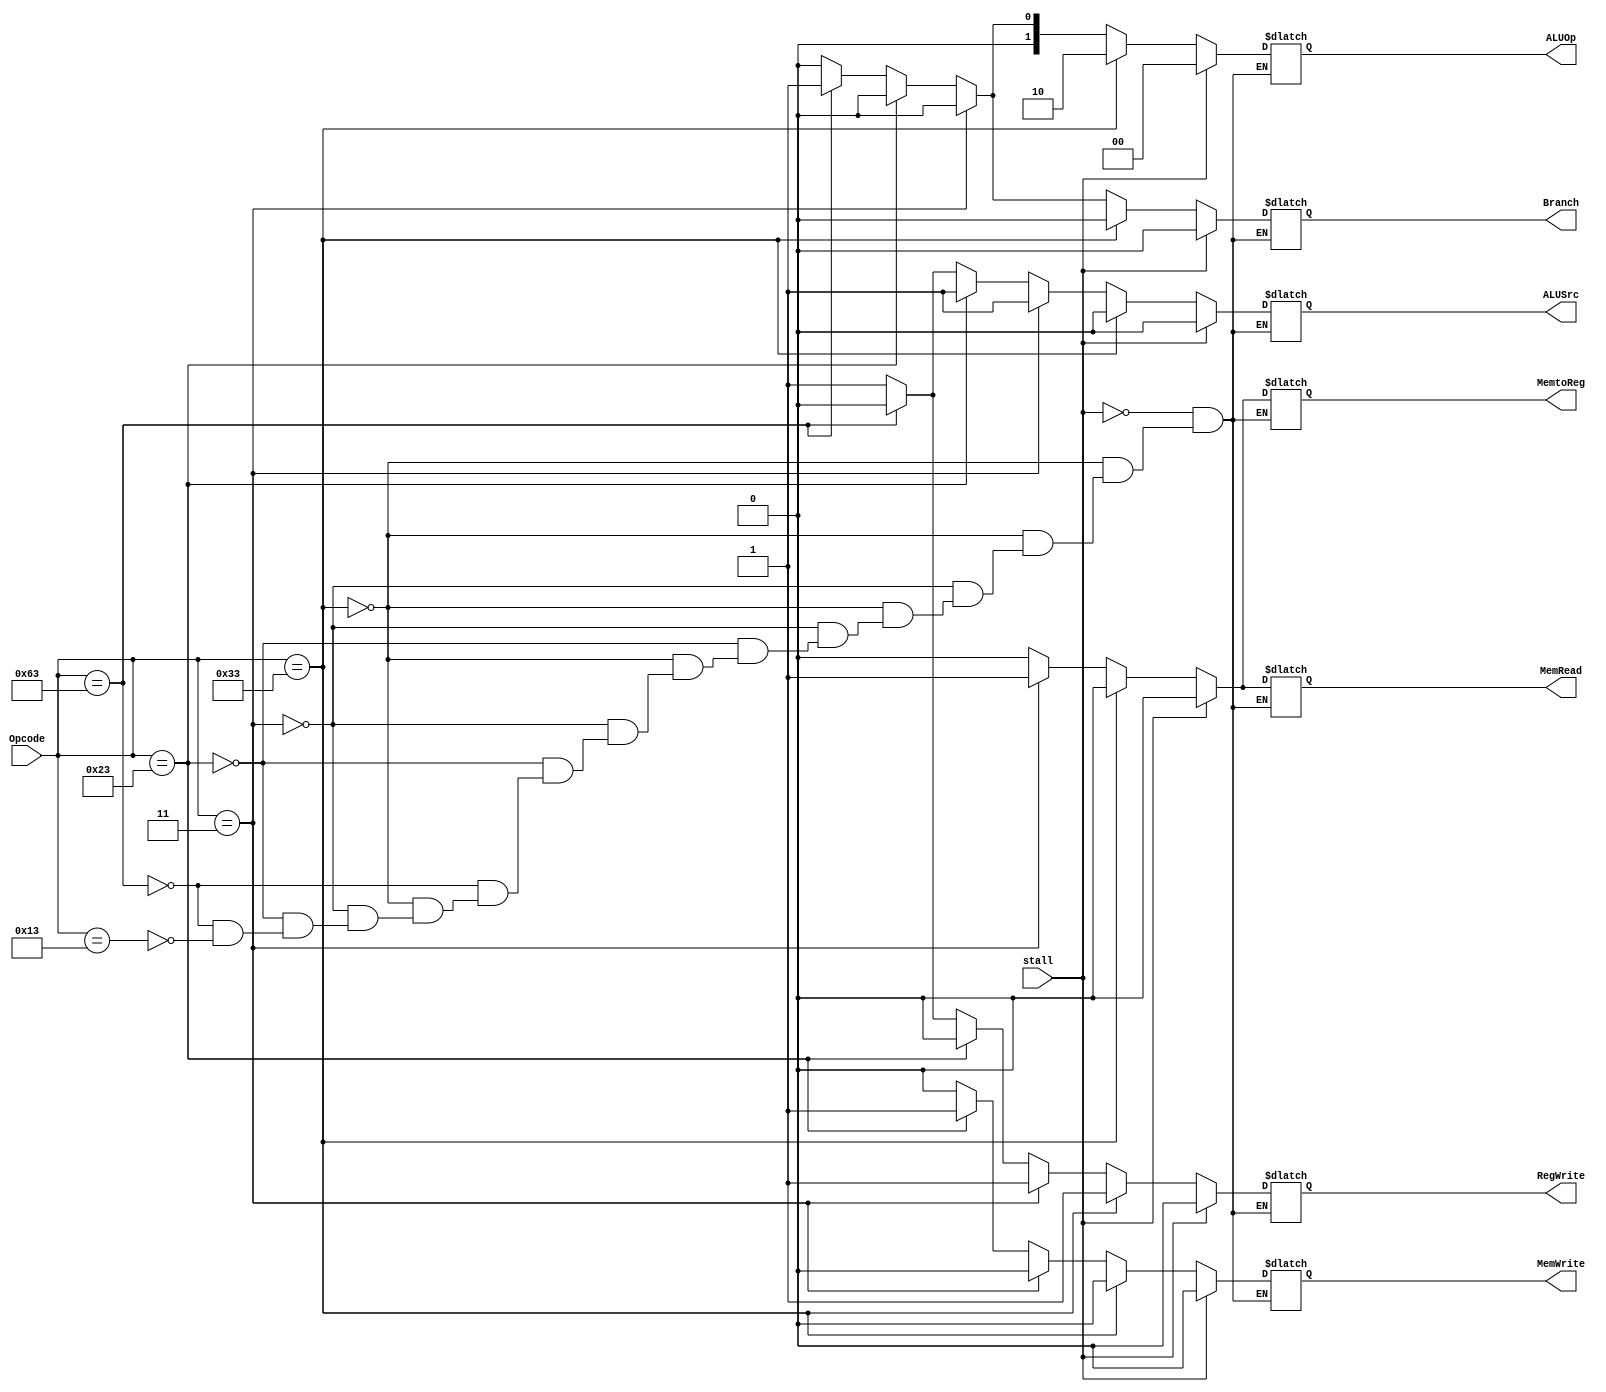
`timescale 1ns / 1ps
//////////////////////////////////////////////////////////////////////////////////
// Company: 
// Engineer: 
// 
// Design Name: 
// Module Name: Control_Unit
// Project Name: 
// Target Devices: 
// Tool Versions: 
// Description: 
// 
// Dependencies: 
// 
// Revision:
// Revision 0.01 - File Created
// Additional Comments:
// 
//////////////////////////////////////////////////////////////////////////////////

module Control_Unit(
input [6:0] Opcode,
input stall,
output reg [1:0] ALUOp,
output reg Branch,
output reg MemRead,
output reg MemtoReg,
output reg MemWrite,
output reg ALUSrc,
output reg RegWrite
);

always @ (*) begin
if (Opcode == 7'b0110011) begin
ALUOp = 2'b10;
Branch = 0;
MemRead = 0;
MemtoReg = 0;
MemWrite = 0;
ALUSrc = 0;
RegWrite = 1;
end

else if (Opcode == 7'b0000011) begin
ALUOp = 2'b00;
Branch = 0;
MemRead = 1;
MemtoReg = 1;
MemWrite = 0;
ALUSrc = 1;
RegWrite = 1;
end

else if (Opcode == 7'b0100011) begin
ALUOp = 2'b00;
Branch = 0;
MemRead = 0;
MemtoReg = 1'bX;
MemWrite = 1;
ALUSrc = 1;
RegWrite = 0;
end

else if (Opcode == 7'b1100011) begin
ALUOp = 2'b01;
Branch = 1;
MemRead = 0;
MemtoReg = 1'bx;
MemWrite = 0;
ALUSrc = 0;
RegWrite = 0;
end

else if (Opcode == 7'b0010011) begin
Branch = 0;
MemRead = 0;
MemtoReg = 0;
MemWrite = 0;
ALUSrc = 1;
RegWrite = 1;
ALUOp = 2'b00;
end

if (stall == 1) begin
    Branch = 1'b0; MemRead = 1'b0; MemtoReg = 1'b0; ALUOp = 2'b00;
    MemWrite = 1'b0; ALUSrc = 1'b0; RegWrite = 1'b0;
end

end

endmodule